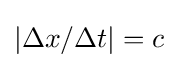
\vert \Delta x/\Delta t\vert =c